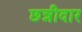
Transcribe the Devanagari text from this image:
छन्नीदार